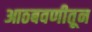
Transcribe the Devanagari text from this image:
आठबवणीतून